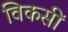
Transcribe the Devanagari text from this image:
विकसीं